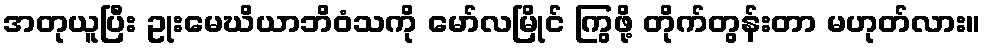
အတုယူပြီး ဥုးမေဃိယာဘိဝံသကို မော်လမြိုင် ကြွဖို့ တိုက်တွန်းတာ မဟုတ်လား။